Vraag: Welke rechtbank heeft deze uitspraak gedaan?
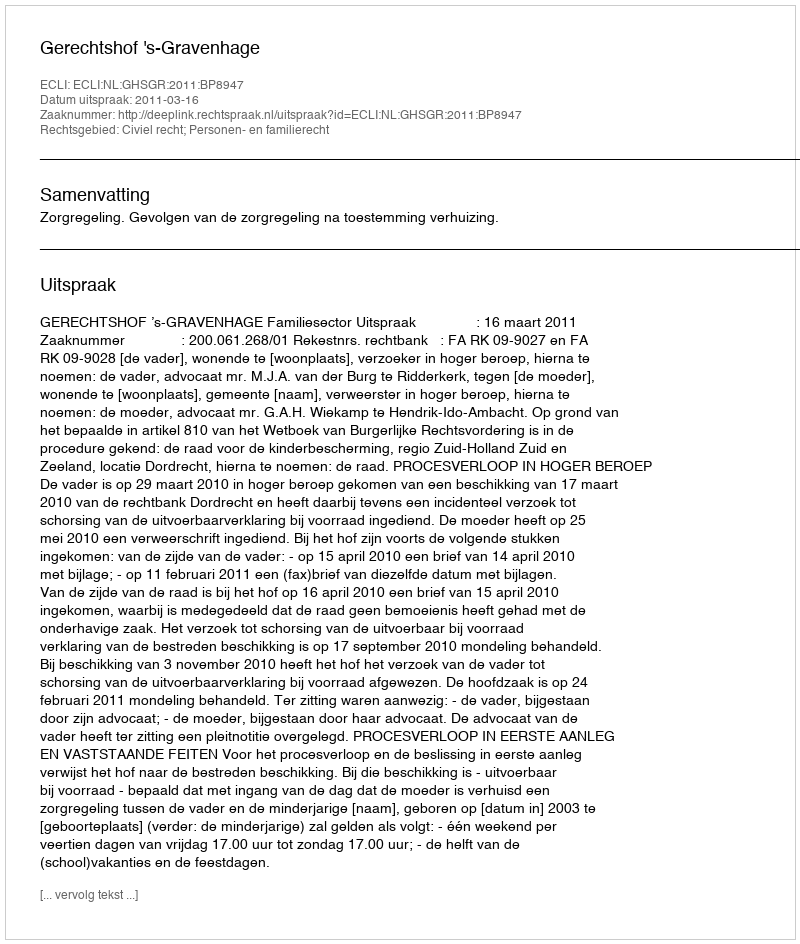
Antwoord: Gerechtshof 's-Gravenhage